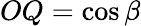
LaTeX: OQ=\cos\beta